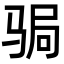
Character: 𩧺